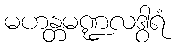
မဟန္တမဏ္ဍလဒွါရံ